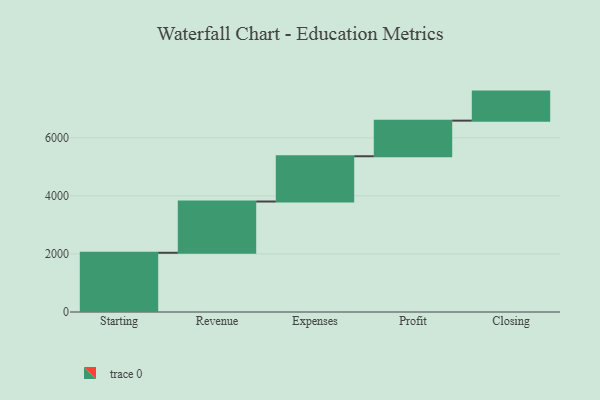
{"axis": {"x": "Step", "y": "Value"}, "legend": [""], "data": [{"x": "Starting", "y": 2039.0, "type": ""}, {"x": "Revenue", "y": 1765.0, "type": ""}, {"x": "Expenses", "y": 1559.0, "type": ""}, {"x": "Profit", "y": 1226.0, "type": ""}, {"x": "Closing", "y": 1000, "type": ""}]}